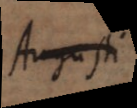
Augusti